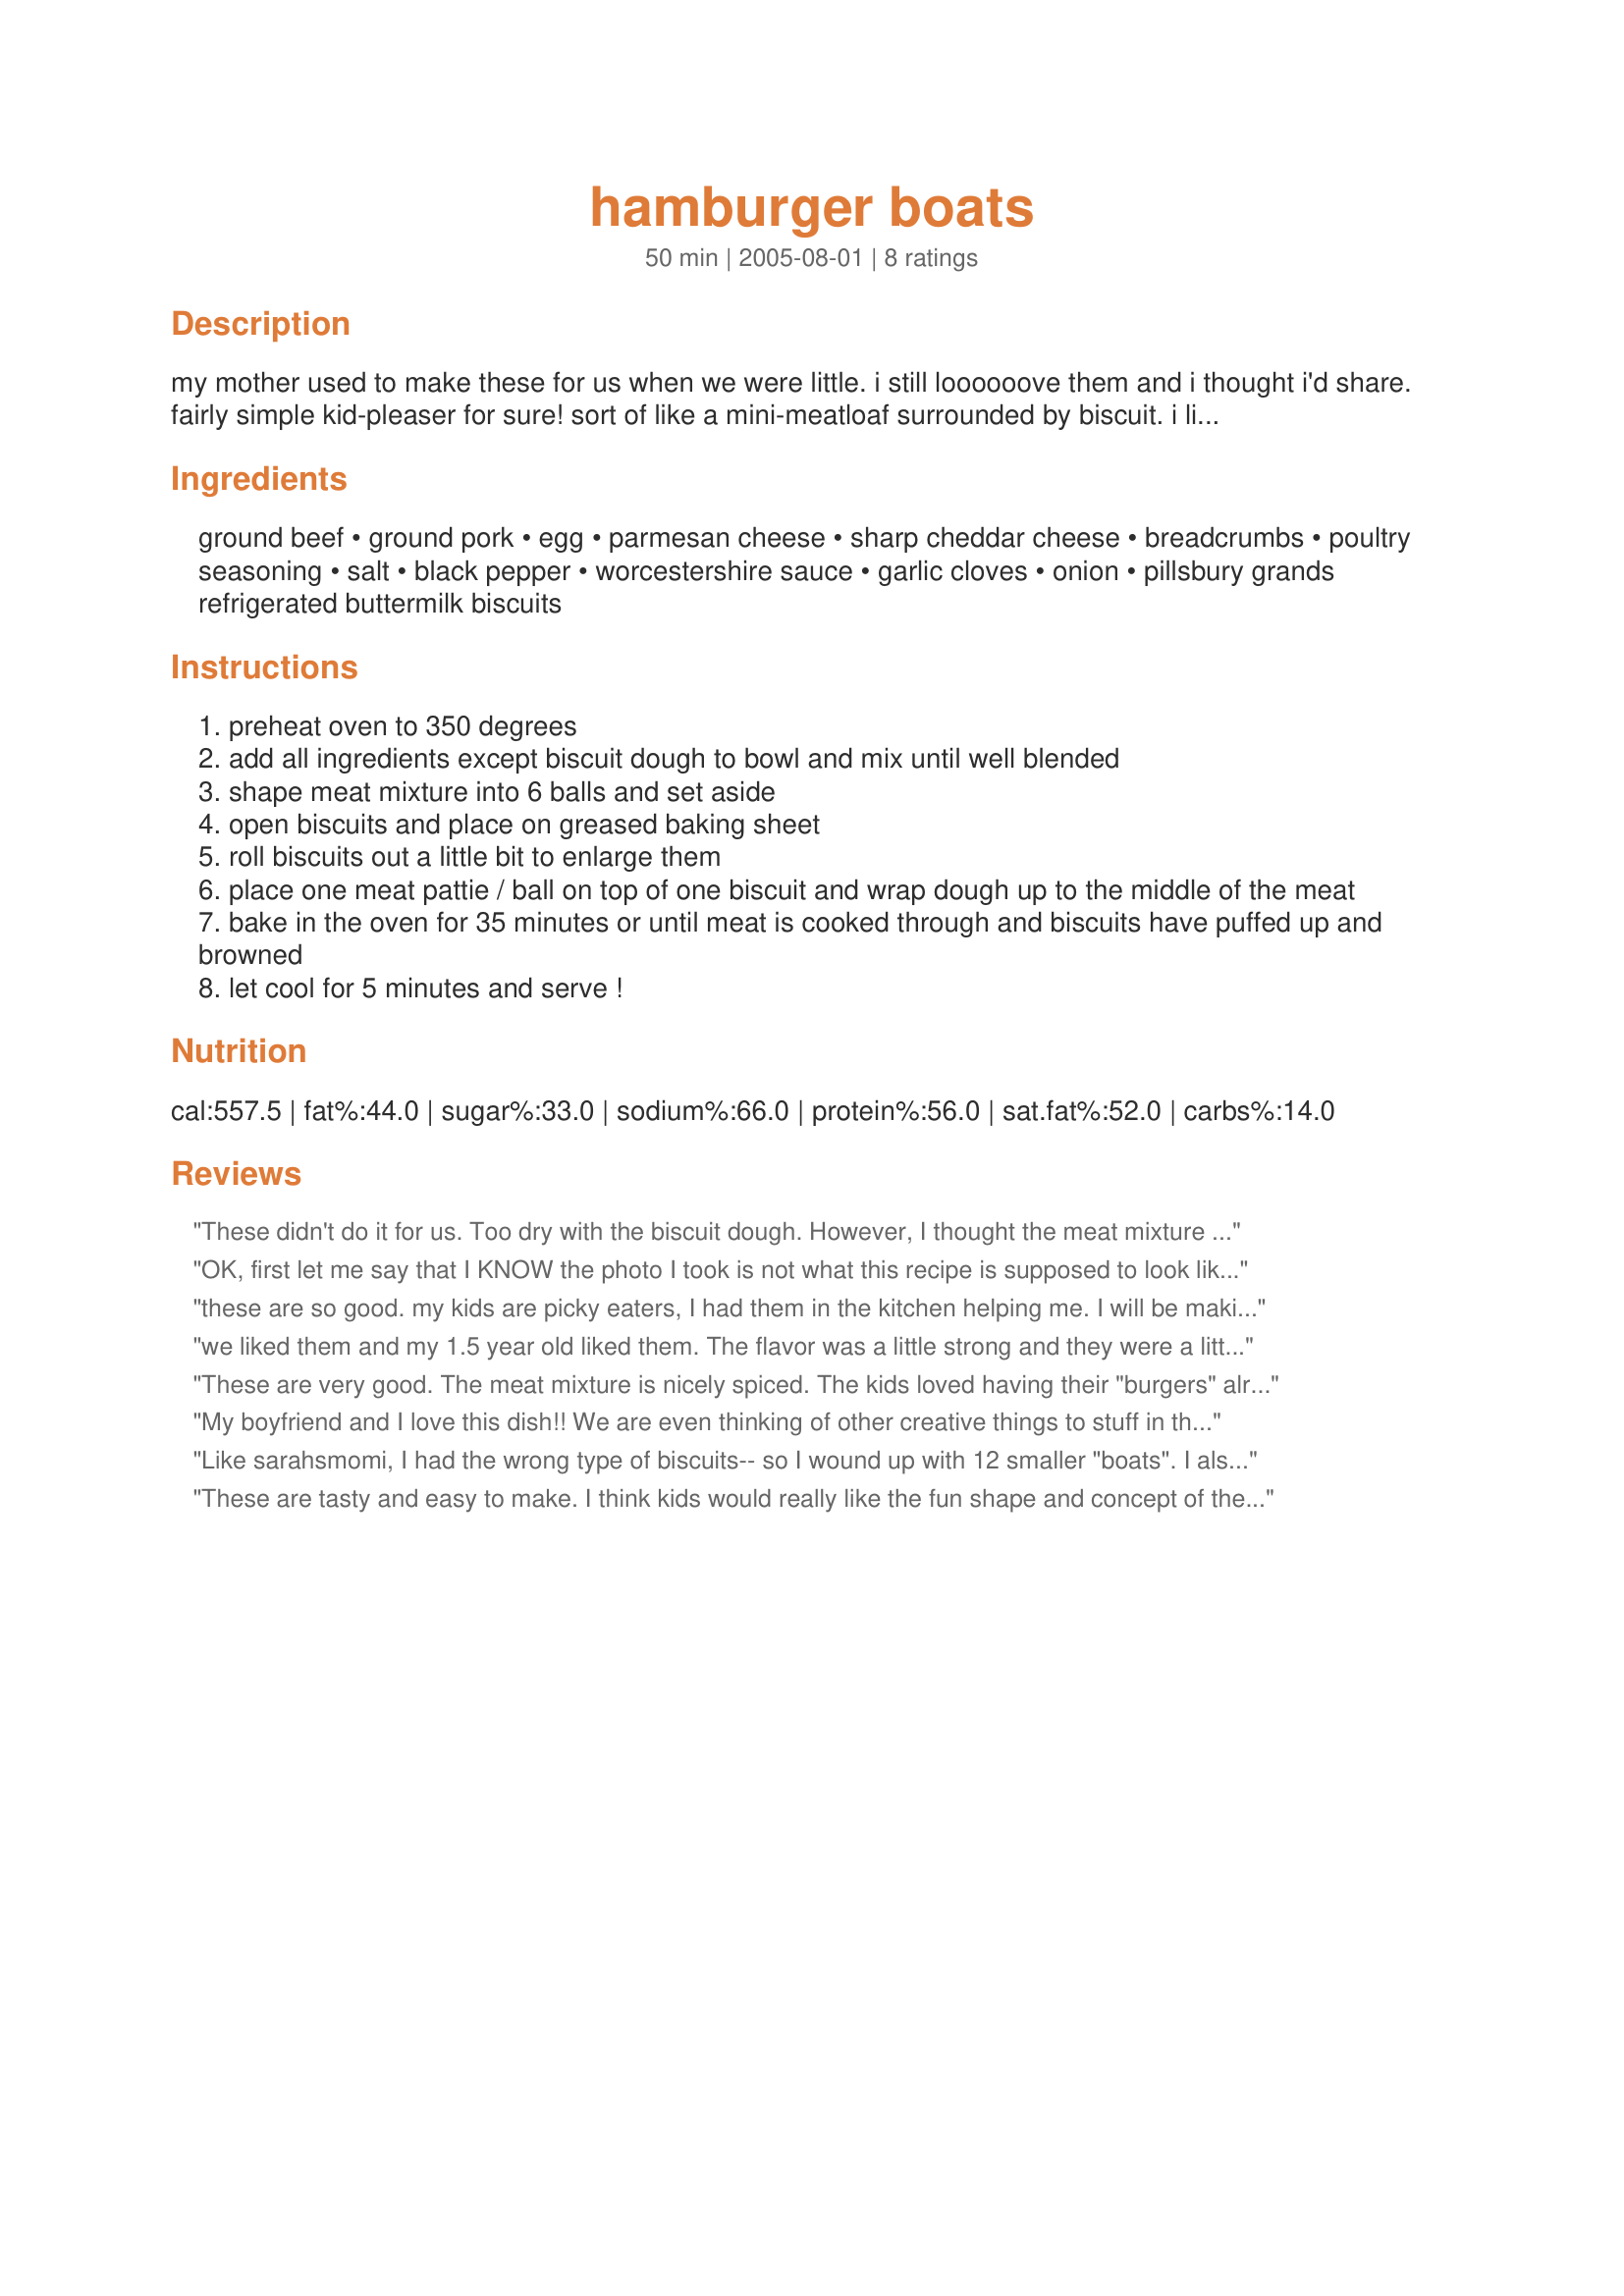
hamburger boats
Preparation time: 50 minutes

my mother used to make these for us when we were little. i still loooooove them and i thought i'd share. fairly simple kid-pleaser for sure! sort of like a mini-meatloaf surrounded by biscuit. i listed refrigerator biscuits to provide a shortcut,but you can also make your own (which is what i do) instead. sooo good!

Ingredients:
ground beef, ground pork, egg, parmesan cheese, sharp cheddar cheese, breadcrumbs, poultry seasoning, salt, black pepper, worcestershire sauce, garlic cloves, onion, pillsbury grands refrigerated buttermilk biscuits

Steps:
preheat oven to 350 degrees
add all ingredients except biscuit dough to bowl and mix until well blended
shape meat mixture into 6 balls and set aside
open biscuits and place on greased baking sheet
roll biscuits out a little bit to enlarge them
place one meat pattie / ball on top of one biscuit and wrap dough up to the middle of the meat
bake in the oven for 35 minutes or until meat is cooked through and biscuits have puffed up and browned
let cool for 5 minutes and serve !

Reviews:
These didn't do it for us. Too dry with the biscuit dough.

However, I thought the meat mixture tasted great by itself and I think it would make a great meatball mix for pasta meatballs. I'm keeping it to use the recipe that way.

Thanks!
OK, first let me say that I KNOW the photo I took is not what this recipe is supposed to look like LOL!
I thought I had purchased Pillsbury Grands, but had purchased Pillsbury Flaky rolls.
Regardless of the look, I am sure the taste is the same, and let me tell you, these things are DELICIOUS!! Kid pleaser? My 5 year old ate them up and kept asking for more.
With the flaky rolls, I just made smaller "boats" and ended up with 16 of them! We dipped them in ketchup, plum sauce and blue cheese dressing, and I served them with soup.
Thanks Cynna, for another tasty recipe, tht I will be making again in my home!
these are so good. my kids are picky eaters, I had them in the kitchen helping me. I will be making these again.
we liked them and my 1.5 year old liked them. The flavor was a little strong and they were a little dry. I know two reasons why mine went wrong we were out of onion so I used the onion soup mix like suggested by a reviewer but that dried them out and was to strong. 2nd mistake was only bread crumbs on hand was Italian flavored ones which combined caused the flavor to be strange. I will try again w/ plain crumbs and fresh onion. Glad to have a kid friendly recipe!
These are very good. The meat mixture is nicely spiced. The kids loved having their "burgers" already in buns!
My boyfriend and I love this dish!! We are even thinking of other creative things to stuff in these boats. Thanks for the recipe!!
Like sarahsmomi, I had the wrong type of biscuits-- so I wound up with 12 smaller "boats". I also used all hamburger since I didn't have any pork, and, my husband requested that I leave out the garlic, so, I added some onion soup mix. My hamburger was very lean, and next time I'd probably add another egg to hold the meat mixture together better. That said... it was a good meal that both my husband and two year-old daughter enjoyed. We dipped ours in ketchup and blue cheese dressing, and served with roasted potatoes.
These are tasty and easy to make. I think kids would really like the fun shape and concept of the recipe. The only distraction for me was the garlic was a tad overpowering, but maybe I had larger cloves or maybe it was because I used ground turkey. We loved the cheesy flavor and next time I plan to add a few finely diced veggies. I divided the meat mixture into 8 portions since that was how many biscuits came in the can. I shaped them into more of a log shape and that worked. Thank you for sharing your recipe!
